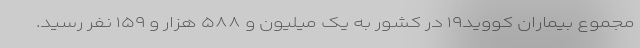
مجموع بیماران کووید۱۹ در کشور به یک میلیون و ۵۸۸ هزار و ۱۵۹ نفر رسید.